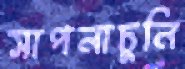
সাপনাচুনি